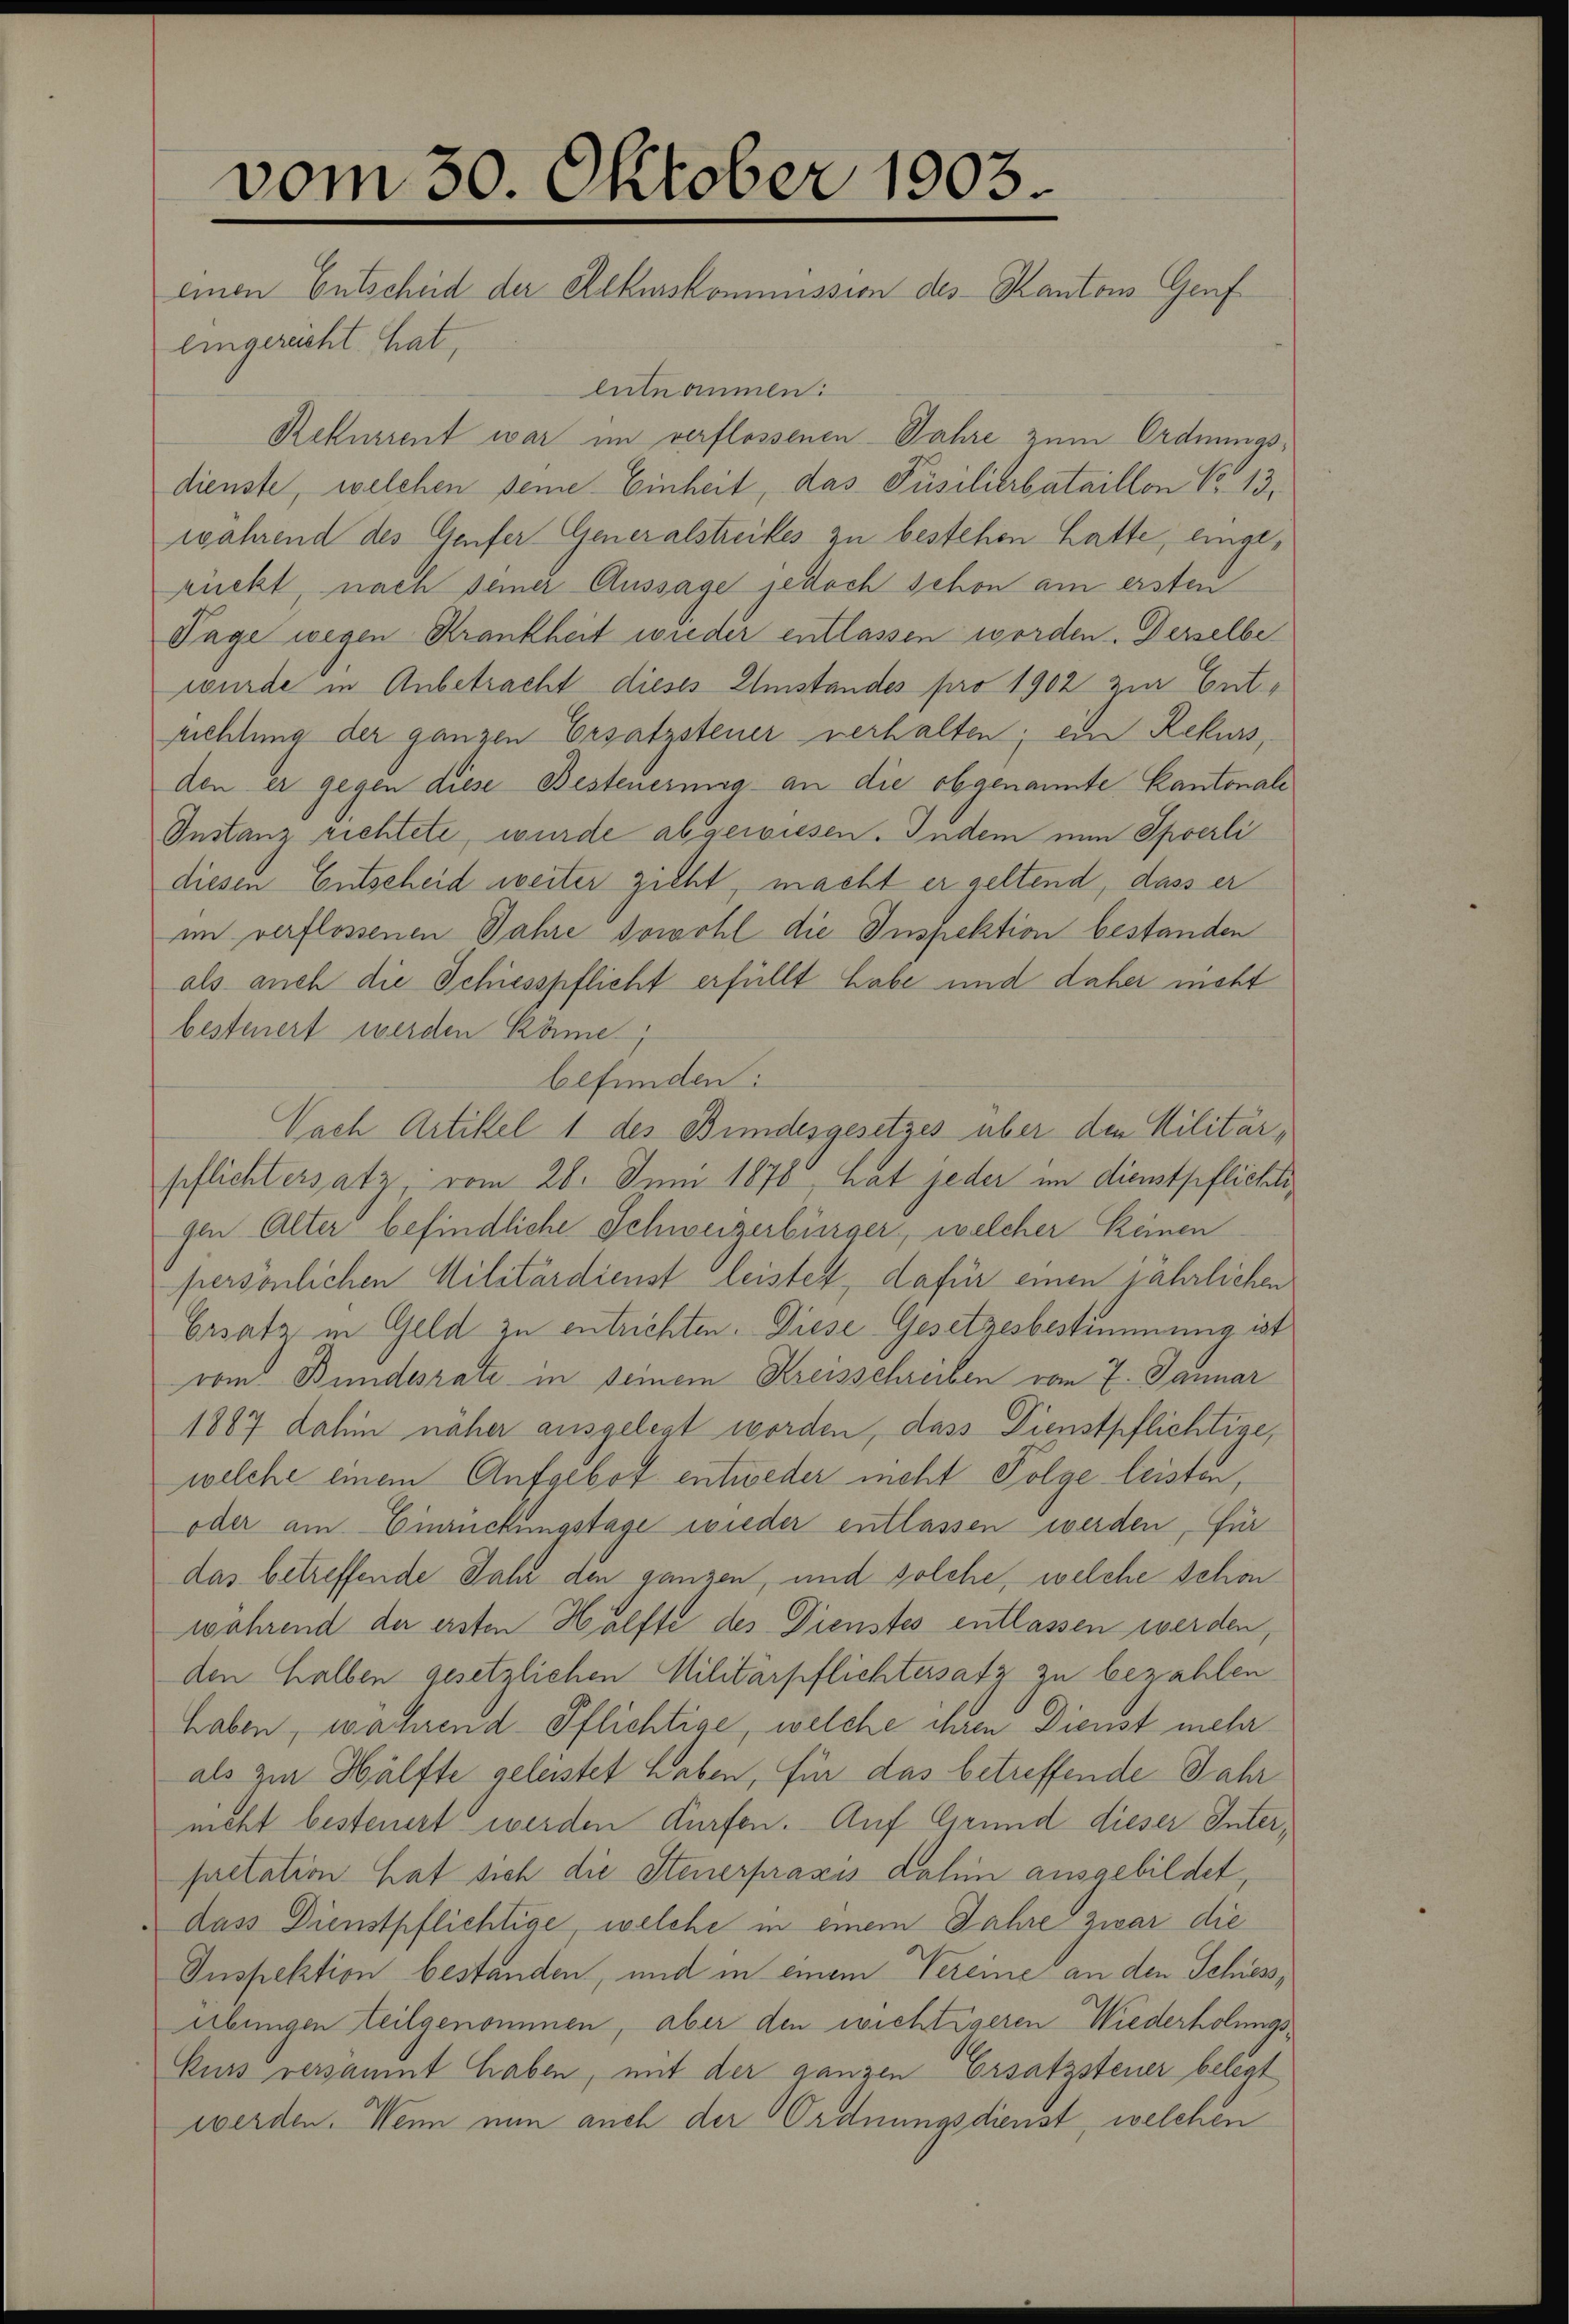
vom 30. Oktober 1903.
einen Entscheid der Rekurskommission des Kantons Genf

eingerecht hat,
entnommen:
Rekurrent war im verflossenen Jahre zum Ordnungsdienste, welchen seine Einheit, das Püsilierbataillon No 13.
während des Genfer Generalstreikes zu bestehen hatte, eingerückt nach seiner Aussage jedoch schon am ersten
Tage wegen Krankheit wieder entlassen worden. Desselbe
wurde in Anbetracht dieses Umstandes pro 1902 zur Entrichtung der ganzen Ersatzsteuer verhalten; ein Rekurs,
den er gegen diese Besteuermag an die obgenannte Kantonale
Instanz richtete, wurde abgewiesen. Indem nun Sperli
diesen Entscheid weiter zieht, macht er geltend, dass er
im verflossenen Jahre sowohl die Inspektion bestanden
als auch die Schiesspflicht erfüllt habe und daher nicht
besteuert werden könne,
befunden:
Nach Artikel 1 des Bundesgesetzes über den Militärpflichtersatz, vom 28. Juni 1876, hat jeder im dienstpflichtigen Alter befindliche Schweizerbürger, welcher keinen
persönlichen Militärdienst leistet, dafür einen jährlichen
Ersatz in Geld zu entrichten. Diese Gesetzesbestimmung ist
vom Bundesrate in seinem Kreisschreiben vom 7. Januar
1887 dahin näher ausgelegt worden, dass Dienstpflichtige,
welche einem Aufgebot entweder meht Folge leisten,
oder am Einrückungstage wieder entlassen werden, für
das betreffende Jahr den ganzen, und solche, welche schon
während der ersten Hälfte des Dienstes entlassen werden,
den halben gesetzlichen Militärpflichtersatz zu bezahlen
haben, während Pflichtige, welche ihren Dienst mehr
als zur Hälfte geleistet haben, für das betreffende Jahr
nicht besteuert werden dürfen. Auf Grund dieser Interpretation hat sich die Steuerpraxis dahin ausgebildet,
dass Dienstpflichtige, welche in einem Jahre zwar die
Inspektion bestanden, und in einem Vereine an den Schiess,
übungen teilgenommen, aber den wichtigeren Wiederholungs¬
Kurs versammt haben, mit der ganzen Ersatzsteuer belegt
werden. Wenn nun auch der Ordnungsdienst, welchen